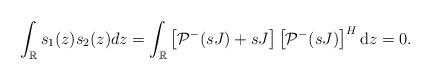
LaTeX: \begin{align*}\begin{aligned}\int_{\mathbb{R}} s_1(z) s_2(z) dz =\int_{\mathbb{R}}\left[\mathcal{P}^{-}(s J)+s J\right]\left[\mathcal{P}^{-}(sJ)\right]^{H} \mathrm{d}z=0.\end{aligned}\end{align*}